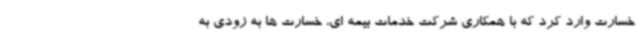
خسارت وارد کرد که با همکاری شرکت خدمات بیمه ای، خسارت ها به زودی به